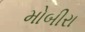
મોબીરા